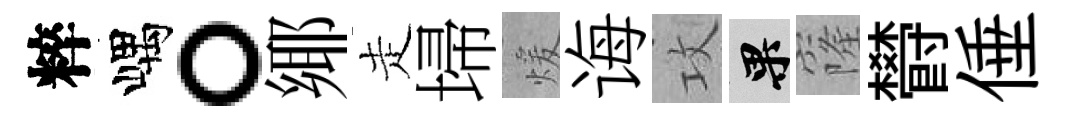
粹嵎。鄊走埽煖诲攻果窿欎倕